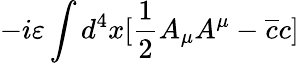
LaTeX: -i\varepsilon\int d^{4}x[\frac{1}{2}A_{\mu}A^{\mu}-\overline{{{c}}}c]